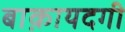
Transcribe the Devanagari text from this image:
बाक़ायदगी